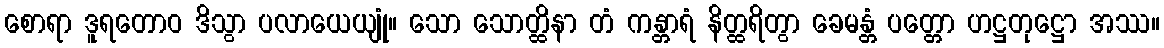
စောရာ ဒူရတောဝ ဒိသွာ ပလာယေယျုံ။ သော သောတ္ထိနာ တံ ကန္တာရံ နိတ္ထရိတွာ ခေမန္တံ ပတ္တော ဟဋ္ဌတုဋ္ဌော အဿ။